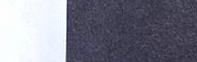
عروض مميزة